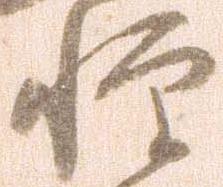
惶